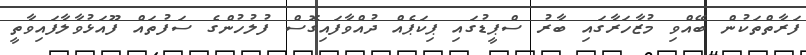
ފަރާތްތަކުން ބޭއްވި މުޒާހަރާގައި ބާރު ސްޕީޑުގައި ޕިކަޕެއް ދުއްވާފައިގޮސް ފުލުހުންގެ ސަފުތައް ފޫއަޅުވާލާފައިވާތީ